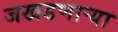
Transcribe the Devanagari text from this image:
जखडणाऱ्या